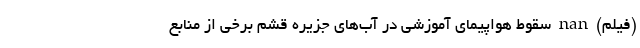
(فیلم) nan سقوط هواپیمای آموزشی در آب‌های جزیره قشم برخی از منابع